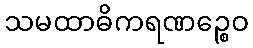
သမထာဓိကရဏဉ္စေဝ